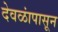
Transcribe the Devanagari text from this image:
देवळांपासून